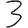
Digit: 3